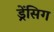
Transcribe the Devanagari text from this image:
ड्रेंसिग